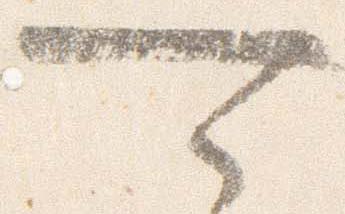
可